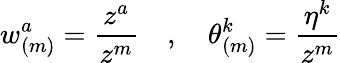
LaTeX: w_{(m)}^{a}=\frac{z^{a}}{z^{m}}\quad,\quad\theta_{(m)}^{k}=\frac{\eta^{k}}{z^{m}}